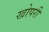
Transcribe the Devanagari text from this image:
खोपरी